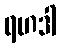
ရဟဒါ